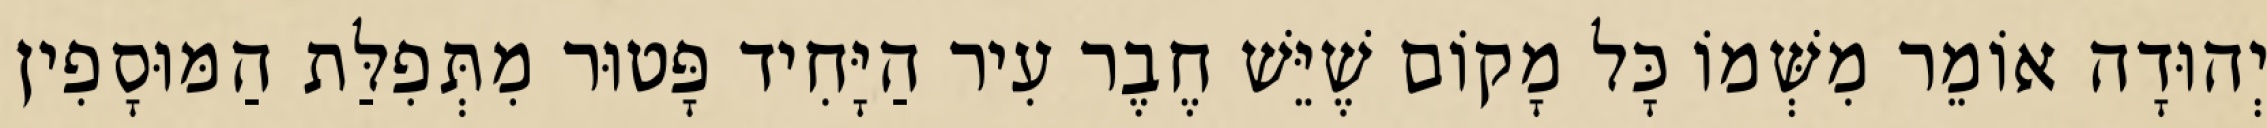
יְהוּדָה אוֹמֵר מִשְּׁמוֹ כָּל מָקוֹם שֶׁיֵּשׁ חֶבֶר עִיר הַיָּחִיד פָּטוּר מִתְּפִלַּת הַמּוּסָפִין